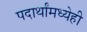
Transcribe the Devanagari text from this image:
पदार्थांमध्येही